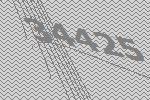
34425